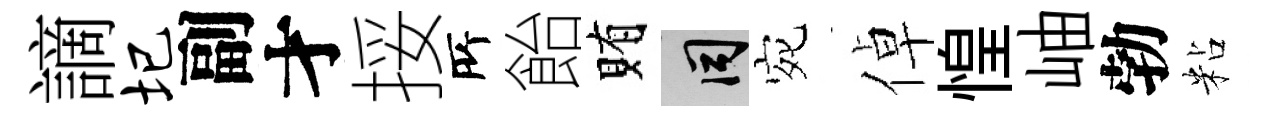
謫圮副才挼𠩄飴賄间宛倬惶岫勃粘